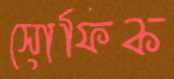
সোফিক